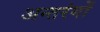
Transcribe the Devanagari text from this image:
अन्तरंगों